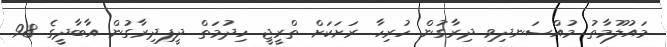
މައުލޫމާތު މުއްސަނދިވި ދިރާގުން ހުރިހާ ރަށަކަށް ތްރީޖީ ހިދުމަތް ދީފިދިރާގުން އާބާދީގެ 98